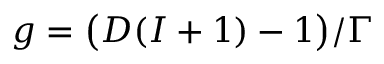
g = \big ( D ( I + 1 ) - 1 \big ) / \Gamma